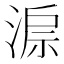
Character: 𣸔